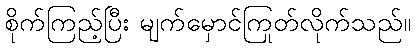
စိုက်ကြည့်ပြီး မျက်မှောင်ကြုတ်လိုက်သည်။